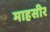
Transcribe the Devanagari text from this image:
माहसीर